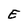
Character: E